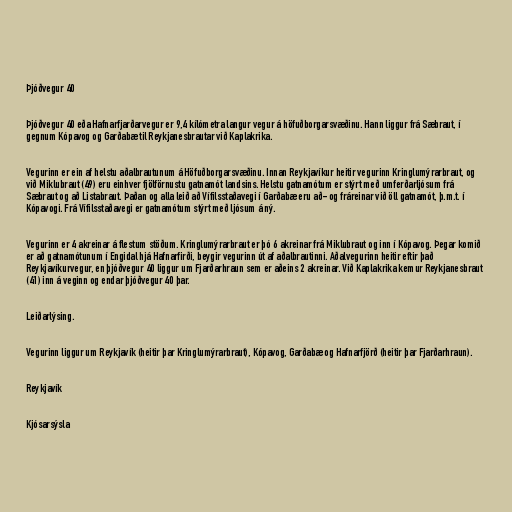
Þjóðvegur 40

Þjóðvegur 40 eða Hafnarfjarðarvegur er 9,4 kílómetra langur vegur á höfuðborgarsvæðinu. Hann liggur frá Sæbraut, í
gegnum Kópavog og Garðabæ til Reykjanesbrautar við Kaplakrika.

Vegurinn er ein af helstu aðalbrautunum á Höfuðborgarsvæðinu. Innan Reykjavíkur heitir vegurinn Kringlumýrarbraut, og
við Miklubraut (49) eru einhver fjölförnustu gatnamót landsins. Helstu gatnamótum er stýrt með umferðarljósum frá
Sæbraut og að Listabraut. Þaðan og alla leið að Vífilsstaðavegi í Garðabæ eru að- og fráreinar við öll gatnamót, þ.m.t. í
Kópavogi. Frá Vífilsstaðavegi er gatnamótum stýrt með ljósum á ný.

Vegurinn er 4 akreinar á flestum stöðum. Kringlumýrarbraut er þó 6 akreinar frá Miklubraut og inn í Kópavog. Þegar komið
er að gatnamótunum í Engidal hjá Hafnarfirði, beygir vegurinn út af aðalbrautinni. Aðalvegurinn heitir eftir það
Reykjavíkurvegur, en þjóðvegur 40 liggur um Fjarðarhraun sem er aðeins 2 akreinar. Við Kaplakrika kemur Reykjanesbraut
(41) inn á veginn og endar þjóðvegur 40 þar.

Leiðarlýsing.

Vegurinn liggur um Reykjavík (heitir þar Kringlumýrarbraut), Kópavog, Garðabæ og Hafnarfjörð (heitir þar Fjarðarhraun).

Reykjavík

Kjósarsýsla